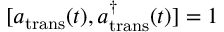
[ a _ { \mathrm { t r a n s } } ( t ) , a _ { \mathrm { t r a n s } } ^ { \dagger } ( t ) ] = 1